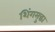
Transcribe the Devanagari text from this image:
शिंगसुद्धा